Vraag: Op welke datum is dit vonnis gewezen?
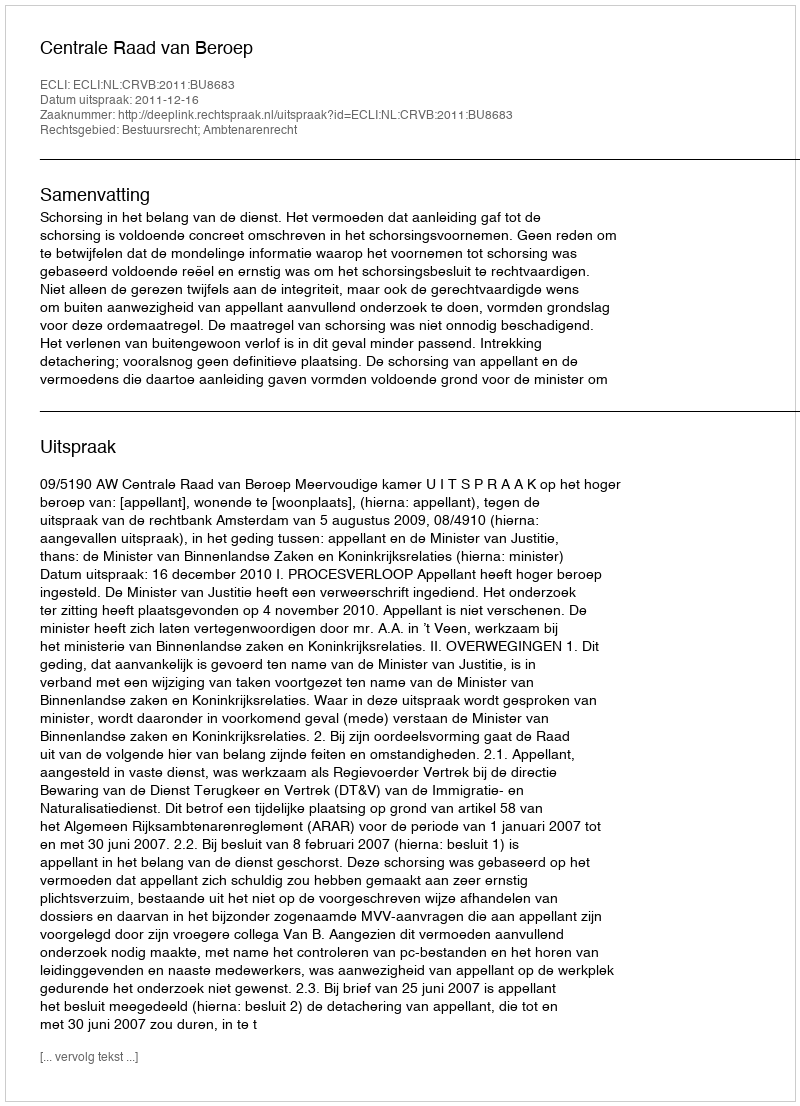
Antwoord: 2011-12-16